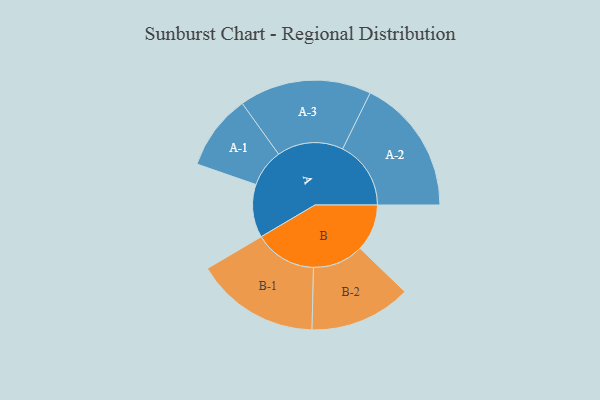
{"axis": {"x": "Segment", "y": "Value"}, "legend": ["", "A", "B"], "data": [{"x": "A", "y": 200, "type": ""}, {"x": "B", "y": 177, "type": ""}, {"x": "A-1", "y": 142, "type": "A"}, {"x": "A-2", "y": 257, "type": "A"}, {"x": "A-3", "y": 249, "type": "A"}, {"x": "B-1", "y": 234, "type": "B"}, {"x": "B-2", "y": 191, "type": "B"}]}